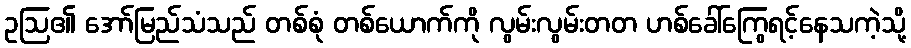
ဥဩ၏ အော်မြည်သံသည် တစ်စုံ တစ်ယောက်ကို လွမ်းလွမ်းတတ ဟစ်ခေါ်ကြွေရင့်နေသကဲ့သို့